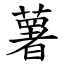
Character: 薯